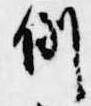
例